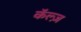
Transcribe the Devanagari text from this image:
कॅल्ज़